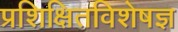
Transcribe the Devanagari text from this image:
प्रशिक्षितविशेषज्ञ